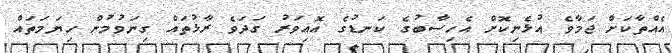
އެއްތާކަށް ޖަމާވެ އުޅެނިކޮށް އެހިސާބުގެ ކަނޑުގެ އޮއިވަރު ގަދަވެ ރާޅުތައް ގިނަވުމުން ހިޔަމަތައް